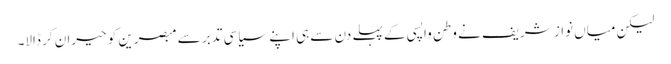
لیکن میاں نواز شریف نے وطن واپسی کے پہلے دن سے ہی اپنے سیاسی تدبر سے مبصرین کو حیران کر ڈالا۔